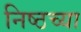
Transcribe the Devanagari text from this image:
निष्ठच्या